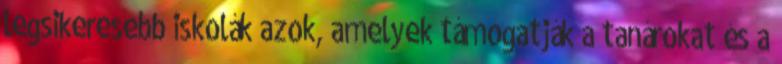
legsikeresebb iskolák azok, amelyek támogatják a tanárokat és a